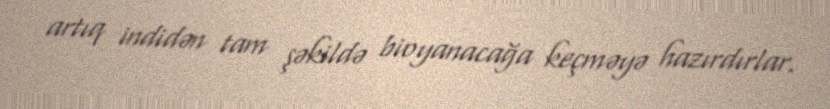
artıq indidən tam şəkildə bioyanacağa keçməyə hazırdırlar.